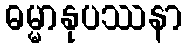
ဓမ္မာနုပဿနာ